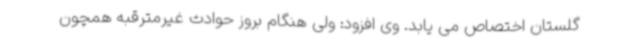
گلستان اختصاص می یابد. وی افزود: ولی هنگام بروز حوادث غیرمترقبه همچون